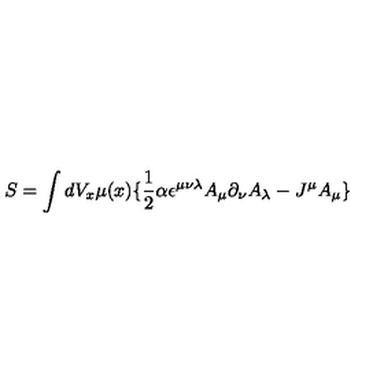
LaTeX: S = \int d V _ { x } \mu ( x ) \lbrace \frac { 1 } { 2 } \alpha \epsilon ^ { \mu \nu \lambda } A _ { \mu } \partial _ { \nu } A _ { \lambda } - J ^ { \mu } A _ { \mu } \rbrace